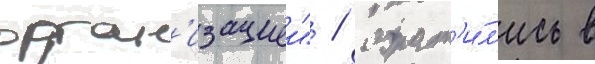
орган'изациеи" / обрат'и́л'ись в